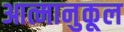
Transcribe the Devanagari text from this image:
आत्मानुकूल